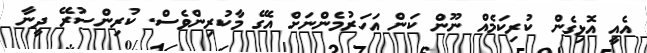
އެއީ އޮޅިގެން ކުރިކަމެއް ނޫން ކަން އަަހަރުމެންނަށް އެގޭ މާކުރިންވެސް. ކުރިންސުރޭ ދީނާ